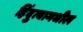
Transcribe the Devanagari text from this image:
हिंदुत्वामधील